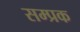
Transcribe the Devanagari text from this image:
सम्प्रक